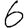
Digit: 6